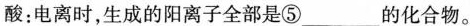
酸：电离时，生成的阳离子全部是⑤___的化合物。